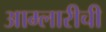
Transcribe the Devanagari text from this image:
आम्लारीची